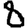
Digit: 8